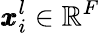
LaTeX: \pmb{x}_{i}^{l}\in\mathbb{R}^{F}